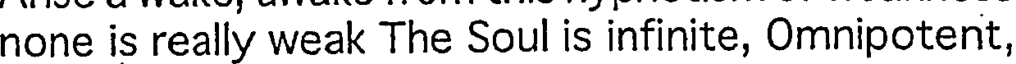
none is really weak The Soul is infinite, Omnipotent,